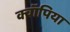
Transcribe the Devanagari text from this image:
क्वॉपिया